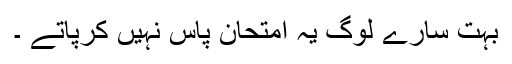
بہت سارے لوگ یہ امتحان پاس نہیں کرپاتے ۔